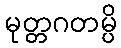
မုတ္တဂတမ္ပိ